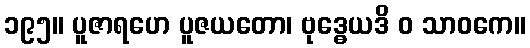
၁၉၅။ ပူဇာရဟေ ပူဇယတော၊ ဗုဒ္ဓေယဒိ ဝ သာဝကေ။